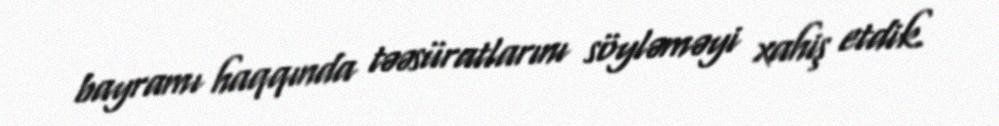
bayramı haqqında təəsüratlarını söyləməyi xahiş etdik.